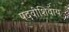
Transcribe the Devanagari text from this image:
पदवीशिवाय